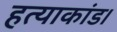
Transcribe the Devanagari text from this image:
हत्याकांड।